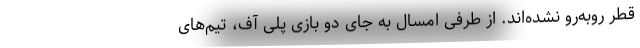
قطر روبه‌رو نشده‌اند. از طرفی امسال به جای دو بازی پلی آف، تیم‌های